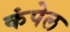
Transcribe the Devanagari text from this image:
कंपेल